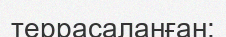
террасаланған;